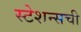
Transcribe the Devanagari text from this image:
स्टेशन्सची